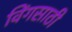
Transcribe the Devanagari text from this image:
विंगसाठी